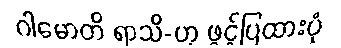
ဂါမောတိ ရာသိ-ဟု ဖွင့်ပြထားပုံ